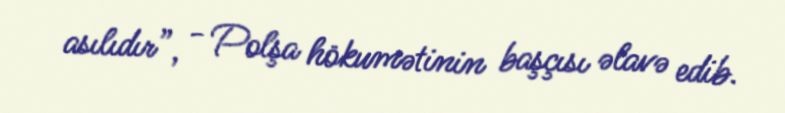
asılıdır”, - Polşa hökumətinin başçısı əlavə edib.